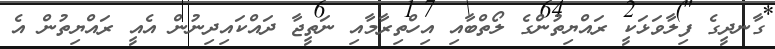
ގާނދީގެ ފިލާވަޅަކީ ރައްޔިތުންގެ ލޯތްބާއި އިހްތިރާމާއި ނަތީޖާ ދައްކައިދިނުން އެއީ ރައްޔިތުން އެ